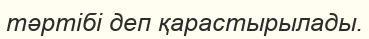
тәртібі деп қарастырылады.